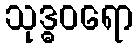
သုဒ္ဓဝရော